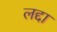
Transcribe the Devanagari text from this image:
लद्दा